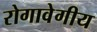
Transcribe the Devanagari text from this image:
रोगावेगीय